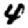
Digit: 4